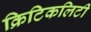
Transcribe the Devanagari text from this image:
क्रिटिकलिटी